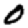
Digit: 0